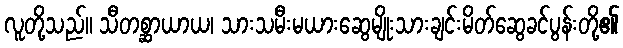
လူတို့သည်။ သီတစ္ဆာယာယ၊ သားသမီးမယားဆွေမျိုးသားချင်းမိတ်ဆွေခင်ပွန်းတို့၏